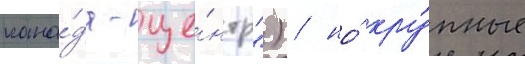
кана́да-це́нтр") / но́ кру́пные